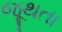
જૂથતા